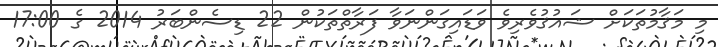
މި މަޤާމުތަކަށް ޝައުޤުވެރިވެ ވަޑައިގަންނަވާ ފަރާތްތަކުން 22 ޑިސެންބަރު 2014 ގެ 17:00